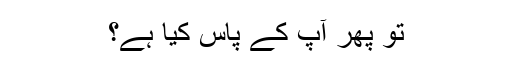
تو پھر آپ کے پاس کیا ہے؟